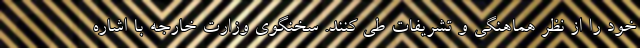
خود را از نظر هماهنگی و تشریفات طی کنند. سخنگوی وزارت خارجه با اشاره